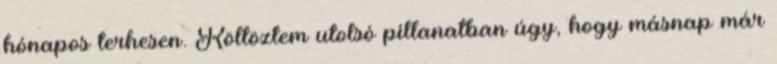
hónapos terhesen. Költöztem utolsó pillanatban úgy, hogy másnap már